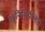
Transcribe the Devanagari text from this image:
खुनिसिपैलिटी